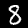
Label: 8